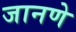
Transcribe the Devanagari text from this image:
जानणे